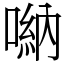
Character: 𠺶